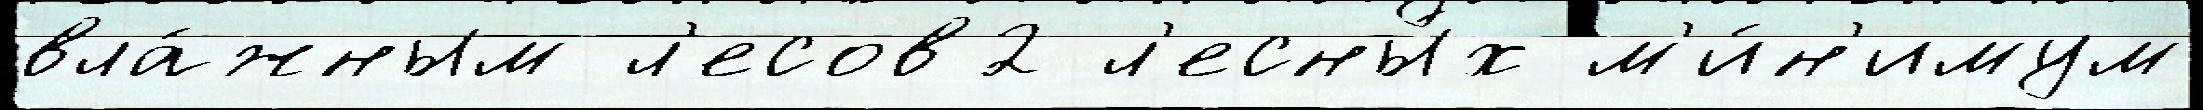
вла́жным л'есов2 л'есны́х м'и́н'имум